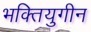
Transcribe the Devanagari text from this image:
भक्तियुगीन